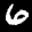
Label: 6